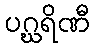
ပဂ္ဃရိဏီ